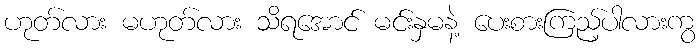
ဟုတ်လား မဟုတ်လား သိရအောင် မင်းနှမနဲ့ ပေးစားကြည့်ပါလားကွ